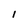
Character: 1